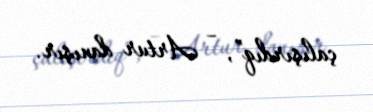
çalışırdıq”, – Artur danışır.